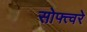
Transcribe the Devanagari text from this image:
सोफ्त्वरे